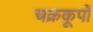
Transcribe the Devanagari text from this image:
चक्रकूपों